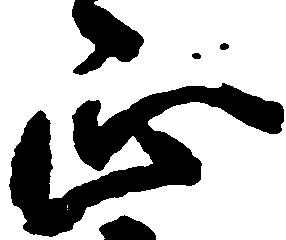
正